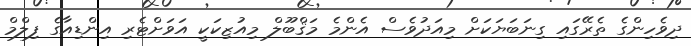
ދިވެހިންގެ ތެރޭގައި ގިނަބަޔަކަށް މިއަދުވެސް އެންމެ މަޤްބޫލް މިއުޒިކަކީ އަވަށްޓެރި އިންޑިއާގެ ފިލްމް